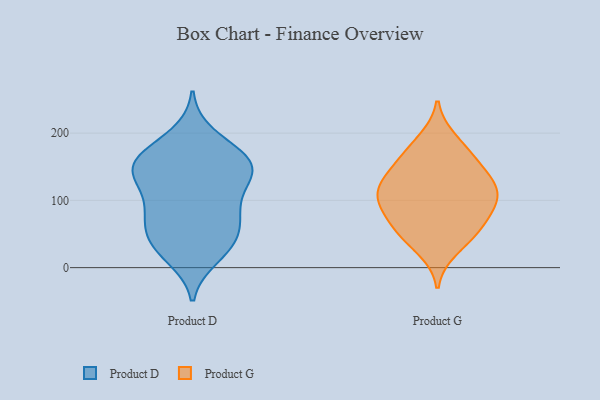
{"axis": {"x": "Tickets Resolved", "y": "Value"}, "legend": ["Product D", "Product G"], "data": [{"x": "", "y": 78, "type": "Product D"}, {"x": "", "y": 148, "type": "Product D"}, {"x": "", "y": 168, "type": "Product D"}, {"x": "", "y": 90, "type": "Product D"}, {"x": "", "y": 107, "type": "Product D"}, {"x": "", "y": 197, "type": "Product D"}, {"x": "", "y": 149, "type": "Product D"}, {"x": "", "y": 51, "type": "Product D"}, {"x": "", "y": 27, "type": "Product D"}, {"x": "", "y": 125, "type": "Product D"}, {"x": "", "y": 41, "type": "Product D"}, {"x": "", "y": 143, "type": "Product D"}, {"x": "", "y": 30, "type": "Product D"}, {"x": "", "y": 147, "type": "Product D"}, {"x": "", "y": 76, "type": "Product D"}, {"x": "", "y": 68, "type": "Product D"}, {"x": "", "y": 144, "type": "Product D"}, {"x": "", "y": 158, "type": "Product D"}, {"x": "", "y": 175, "type": "Product D"}, {"x": "", "y": 16, "type": "Product D"}, {"x": "", "y": 107, "type": "Product G"}, {"x": "", "y": 56, "type": "Product G"}, {"x": "", "y": 27, "type": "Product G"}, {"x": "", "y": 131, "type": "Product G"}, {"x": "", "y": 146, "type": "Product G"}, {"x": "", "y": 102, "type": "Product G"}, {"x": "", "y": 89, "type": "Product G"}, {"x": "", "y": 56, "type": "Product G"}, {"x": "", "y": 159, "type": "Product G"}, {"x": "", "y": 132, "type": "Product G"}, {"x": "", "y": 190, "type": "Product G"}, {"x": "", "y": 51, "type": "Product G"}, {"x": "", "y": 110, "type": "Product G"}, {"x": "", "y": 79, "type": "Product G"}, {"x": "", "y": 175, "type": "Product G"}, {"x": "", "y": 109, "type": "Product G"}]}